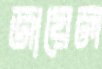
জায়েল